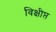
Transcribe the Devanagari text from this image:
विक्षीप्त